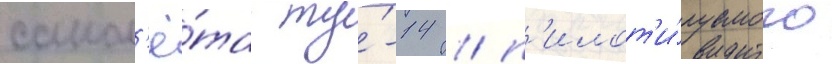
самол'ё́та ту́-14 / п'илот'и́руемого